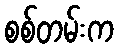
စစ်တမ်းက